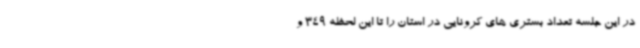
در این جلسه تعداد بستری های کرونایی در استان را تا این لحظه 349 و